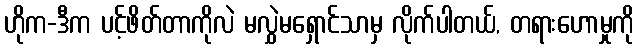
ဟိုက-ဒီက ပင့်ဖိတ်တာကိုလဲ မလွှဲမရှောင်သာမှ လိုက်ပါတယ်, တရားဟောမှုကို